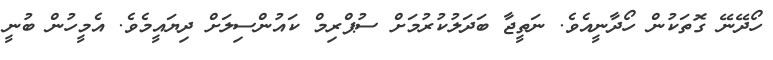
ހޯދޭނޭ ގޮތަކުން ހޯދާނީއެވެ. ނަތީޖާ ބަދަލުކުރުމަށް ސުޕްރިމް ކައުންސިލަށް ދިޔައީމެވެ. އެމީހުން ބުނީ